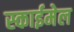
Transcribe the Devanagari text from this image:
स्काईमेल